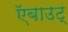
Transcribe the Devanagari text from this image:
ऍबाउट्